Vaccine operations Central Provinces 1868-1885 - 1868-1885
Year: 1868
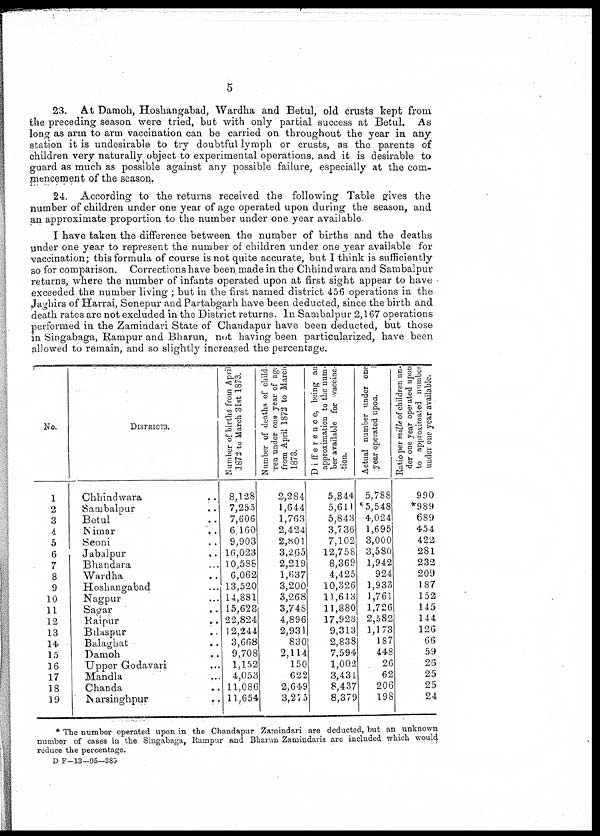
5
23. At Damoh, Hoshangabad, Wardha and Betul, old crusts kept from
the preceding season were tried, but with only partial success at Betul. As
long as arm to arm vaccination can be carried on throughout the year in any
station it is undesirable to try doubtful lymph or crusts, as the parents of
children very naturally object to experimental operations and it is desirable to
guard as much as possible against any possible failure, especially at the com-
mencement of the season.
24. According to the returns received the following Table gives the
number of children under one year of age operated upon during the season, and
an approximate proportion to the number under one year available
I have taken the difference between the number of births and the deaths
under one year to represent the number of children under one year available for
vaccination; this formula of course is not quite accurate, but I think is sufficiently
so for comparison. Corrections have been made in the Chhindwara and Sambalpur
returns, where the number of infants operated upon at first sight appear to have
exceeded the number living ; but in the first named district 456 operations in the
Jaghirs of Harrai, Sonepur and Partabgarh have been deducted, since the birth and
death rates are not excluded in the District returns. In Sambalpur 2,167 operations
performed in the Zamindari State of Chandapur have been deducted, but those
in Singabaga, Rampur and Bharun, not having been particularized, have been
allowed to remain, and so slightly increased the percentage.
No.
1
2
3
4
5
6
7
8
9
10
11
12
13
14
15
16
17
18
19
DISTRICTS.
Chhindwara ..
Sambalpur ..
Betul ..
Nimar
..
Seoni
Jabalpur
..
Bhandara ...
Wardha ..
Hoshangabad ...
Nagpur ...
Sagar ..
Raipur ..
Bilaspur ..
Balaghat ..
Damoh ..
Upper Godavari ..
Mandla ...
Chanda ..
Narsinghpur ..
Number of births from April
1872 to March 31st 1873.
8,128
7,255
7,606
6,160
9,903
16,023
10,588
6,062
13,520
14,881
15,628
22,824
12,244
3,668
9,708
1,152
4,053
11,086
11,654
Number of deaths of child¬
ren under one year of age
from April 1872 to March
1873.
2,284
1,644
1,763
2,424
2,801
3,265
2,219
1,637
3,200
3,268
3,748
4,896
2,931
830
2,114
150
622
2,649
3,275
Difference, being an
approximation to the num-
ber available for vaccina-
tion.
5,844
5,611
5,843
3,736
7,102
12,758
8,369
4,425
10,326
11,613
11,880
17,928
9,313
2,838
7,594
1,002
3,431
8,437
8,379
Actual number under one
year operated upon.
5,788
*5,548
4,024
1,695
3,000
3,580
1,942
924
1,933
1,761
1,726
2,582
1,173
187
448
26
62
206
198
Ratio per mille of children un-
der one year operated upon
to approximated number
under one year available.
990
*989
689
454
422
281
232
209
187
152
145
144
126
66
59
26
25
25
24
* The number operated upon in the Chandapur Zamindari are deducted, but an unknown
number of cases in the Singabaga, Rampur and Bharun Zamindaris are included which would
reduce the percentage.
D F—13— 95—385